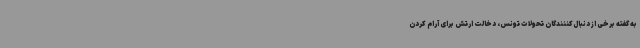
به گفته برخی از دنبال‌کننندگان تحولات تونس، دخالت ارتش برای آرام کردن